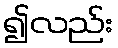
၍လည်း